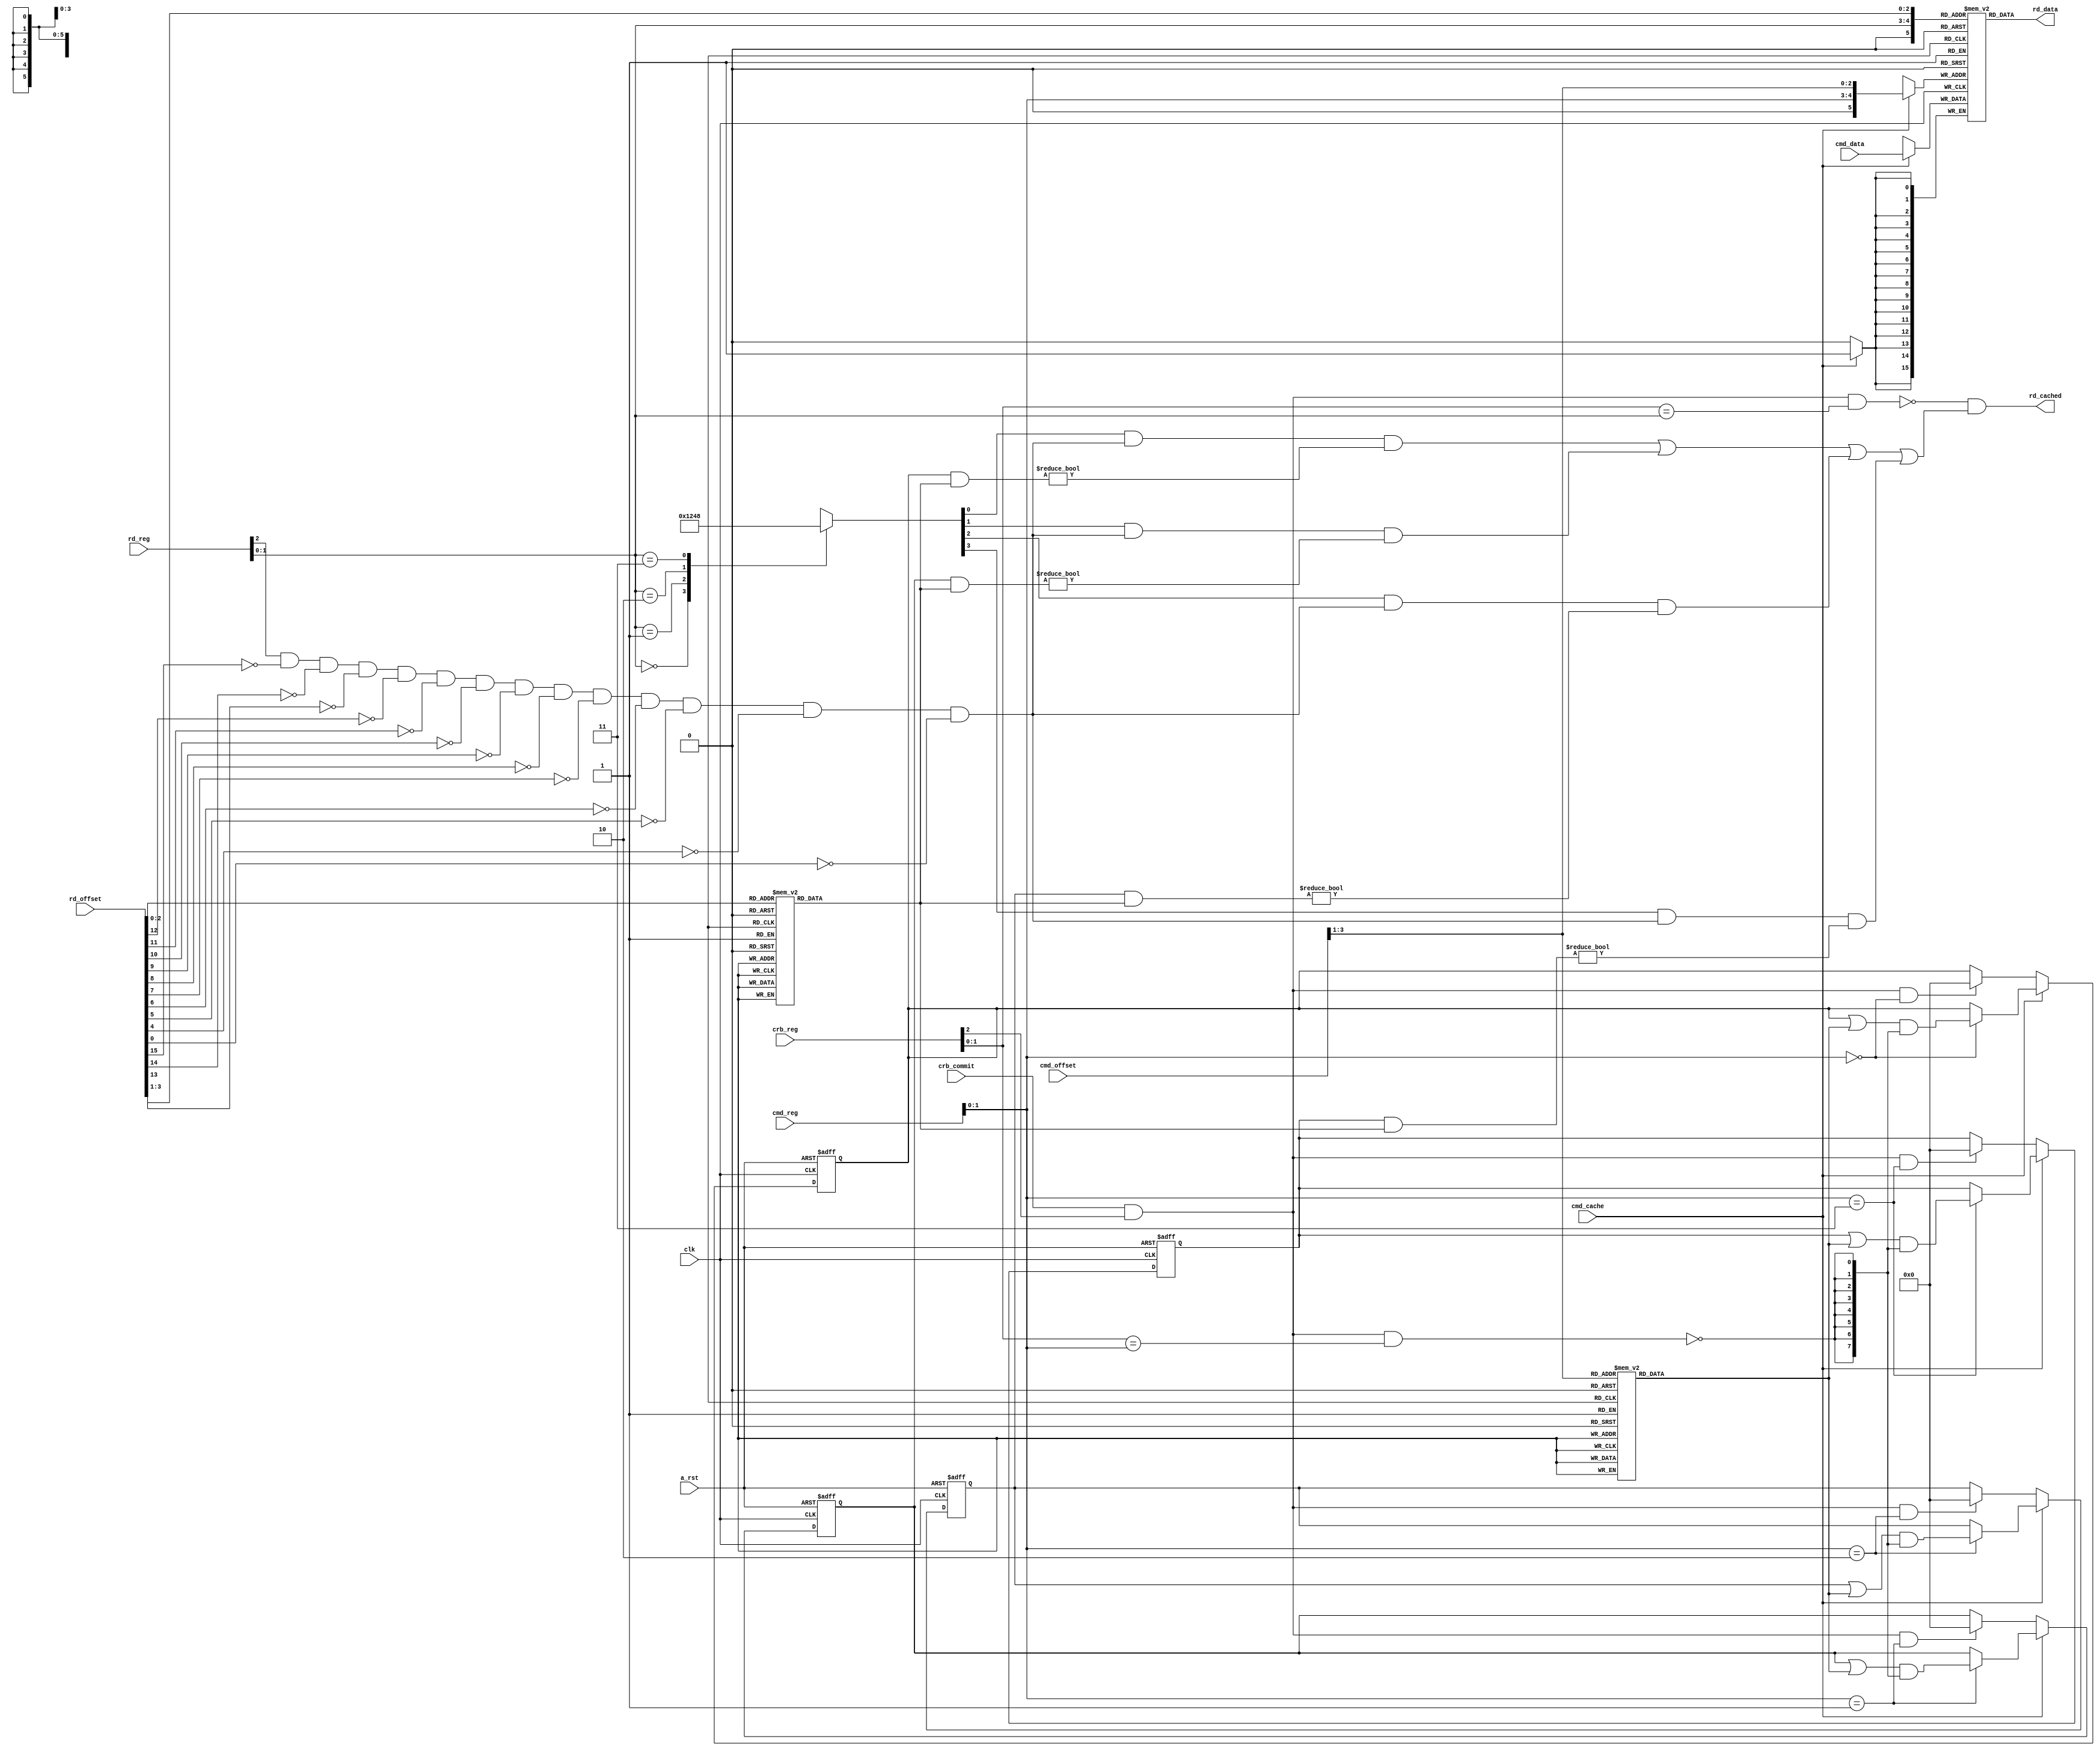

// Hot cache for memory value, instruction pattern indexed [RX, Offset]

module hotcache(
    input   wire        clk,            /* Clock */
    input   wire        a_rst,          /* Reset */
    
    input   wire[2:0]   rd_reg,         /* Index register (Cache Read) */
    input   wire[15:0]  rd_offset,      /* Relative offset (Cache Read) */
    output  wire[15:0]  rd_data,        /* Data at address */
    output  wire        rd_cached,      /* Data at address is cached */
    
    input   wire[2:0]   crb_reg,        /* Common Result Bus write register */
    input   wire        crb_commit,     /* Common Result Bus commit */
    
    input   wire        cmd_cache,      /* Cache command */
    input   wire[2:0]   cmd_reg,        /* Cache index register command */
    input   wire[15:0]  cmd_offset,     /* Cache offset */
    input   wire[15:0]  cmd_data        /* Cache data to write */
);

reg[15:0] cache[0:32];
reg[7:0]  cache_line_valid_rs;
reg[7:0]  cache_line_valid_rx;
reg[7:0]  cache_line_valid_ry;
reg[7:0]  cache_line_valid_rz;

reg[3:0]  comb_rd_decoded;
reg[7:0]  comb_offset_decoded;
reg[7:0]  comb_cmd_offset_decoded;

always @(*) begin
    case ( rd_reg[1:0] )
    2'b00: comb_rd_decoded = 4'b0001;
    2'b01: comb_rd_decoded = 4'b0010;
    2'b10: comb_rd_decoded = 4'b0100;
    2'b11: comb_rd_decoded = 4'b1000;
    endcase
end

always @(*) begin
    case ( rd_offset[2:0] )
    3'b000: comb_offset_decoded = 8'b00000001;
    3'b001: comb_offset_decoded = 8'b00000010;
    3'b010: comb_offset_decoded = 8'b00000100;
    3'b011: comb_offset_decoded = 8'b00001000;
    3'b100: comb_offset_decoded = 8'b00010000;
    3'b101: comb_offset_decoded = 8'b00100000;
    3'b110: comb_offset_decoded = 8'b01000000;
    3'b111: comb_offset_decoded = 8'b10000000;
    endcase
end

always @(*) begin
    case ( cmd_offset[3:1] )
    3'b000: comb_cmd_offset_decoded = 8'b00000001;
    3'b001: comb_cmd_offset_decoded = 8'b00000010;
    3'b010: comb_cmd_offset_decoded = 8'b00000100;
    3'b011: comb_cmd_offset_decoded = 8'b00001000;
    3'b100: comb_cmd_offset_decoded = 8'b00010000;
    3'b101: comb_cmd_offset_decoded = 8'b00100000;
    3'b110: comb_cmd_offset_decoded = 8'b01000000;
    3'b111: comb_cmd_offset_decoded = 8'b10000000;
    endcase
end

wire is_in_range = rd_reg[2] & ~rd_offset[15] & ~rd_offset[14] & ~rd_offset[13] & ~rd_offset[12] & ~rd_offset[11] & ~rd_offset[10] & ~rd_offset[9] & ~rd_offset[8] & ~rd_offset[7] & ~rd_offset[6] & ~rd_offset[5] & ~rd_offset[4] & ~rd_offset[0];

wire comb_rd_rs = comb_rd_decoded[0] & is_in_range & ( ( cache_line_valid_rs & comb_offset_decoded ) != 8'b00000000 );
wire comb_rd_rx = comb_rd_decoded[1] & is_in_range & ( ( cache_line_valid_rx & comb_offset_decoded ) != 8'b00000000 );
wire comb_rd_ry = comb_rd_decoded[2] & is_in_range & ( ( cache_line_valid_ry & comb_offset_decoded ) != 8'b00000000 );
wire comb_rd_rz = comb_rd_decoded[3] & is_in_range & ( ( cache_line_valid_rz & comb_offset_decoded ) != 8'b00000000 );

wire affected_commit = crb_commit & crb_reg[2];

wire commit_invalidate = affected_commit & ( crb_reg[1:0] == rd_reg[1:0] ); 
wire commit_dispute    = affected_commit & ( crb_reg[1:0] == cmd_reg[1:0] );
wire[7:0] commit_dispute_mask = { ~commit_dispute, ~commit_dispute, ~commit_dispute, ~commit_dispute, ~commit_dispute, ~commit_dispute, ~commit_dispute, ~commit_dispute };

reg[15:0] comb_rd_data;
reg       comb_rd_cached;

always @(*) begin
    comb_rd_data = cache[ { rd_reg[1:0], rd_offset[3:1] } ];
    comb_rd_cached = ~commit_invalidate & ( comb_rd_rs | comb_rd_rx | comb_rd_ry | comb_rd_rz );
end

assign rd_data = comb_rd_data;
assign rd_cached = comb_rd_cached;

always @(posedge clk or negedge a_rst) begin
    if ( ~a_rst ) begin
        cache_line_valid_rs = 8'b0;
        cache_line_valid_rx = 8'b0;
        cache_line_valid_ry = 8'b0;
        cache_line_valid_rz = 8'b0;
    end else begin
        if ( cmd_cache ) begin
            cache_line_valid_rs <= (cmd_reg[1:0] == 2'b00) ? ( ( cache_line_valid_rs | comb_cmd_offset_decoded ) & commit_dispute_mask ) : cache_line_valid_rs;
            cache_line_valid_rx <= (cmd_reg[1:0] == 2'b01) ? ( ( cache_line_valid_rx | comb_cmd_offset_decoded ) & commit_dispute_mask ) : cache_line_valid_rx;
            cache_line_valid_ry <= (cmd_reg[1:0] == 2'b10) ? ( ( cache_line_valid_ry | comb_cmd_offset_decoded ) & commit_dispute_mask ) : cache_line_valid_ry;
            cache_line_valid_rz <= (cmd_reg[1:0] == 2'b11) ? ( ( cache_line_valid_rz | comb_cmd_offset_decoded ) & commit_dispute_mask ) : cache_line_valid_rz;
        end else begin
            cache_line_valid_rs <= ( crb_commit & crb_reg[2] & (cmd_reg[1:0] == 2'b00) ) ? 8'b0 : cache_line_valid_rs;
            cache_line_valid_rx <= ( crb_commit & crb_reg[2] & (cmd_reg[1:0] == 2'b01) ) ? 8'b0 : cache_line_valid_rx;
            cache_line_valid_ry <= ( crb_commit & crb_reg[2] & (cmd_reg[1:0] == 2'b10) ) ? 8'b0 : cache_line_valid_ry;
            cache_line_valid_rz <= ( crb_commit & crb_reg[2] & (cmd_reg[1:0] == 2'b11) ) ? 8'b0 : cache_line_valid_rz;
        end
    end
end

always @(posedge clk) begin
    if ( cmd_cache ) begin
        cache[ { cmd_reg[1:0], cmd_offset[3:1] } ] <= cmd_data;
    end
end

endmodule